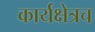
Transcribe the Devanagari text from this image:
कार्यक्षेत्रच